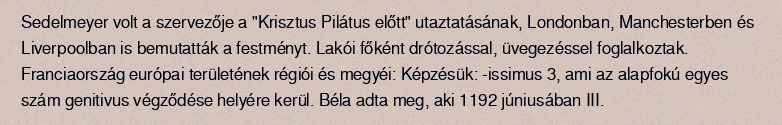
Sedelmeyer volt a szervezője a "Krisztus Pilátus előtt" utaztatásának, Londonban, Manchesterben és Liverpoolban is bemutatták a festményt. Lakói főként drótozással, üvegezéssel foglalkoztak. Franciaország európai területének régiói és megyéi: Képzésük: -issimus 3, ami az alapfokú egyes szám genitivus végződése helyére kerül. Béla adta meg, aki 1192 júniusában III.